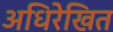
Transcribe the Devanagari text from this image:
अधिरेखित